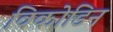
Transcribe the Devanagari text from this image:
विकोडिन